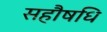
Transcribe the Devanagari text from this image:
सहौषधि